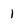
Character: 1